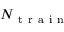
N _ { \mathrm { ~ t ~ r ~ a ~ i ~ n ~ } }